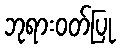
ဘုရားဝတ်ပြု